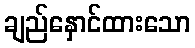
ချည်နှောင်ထားသော